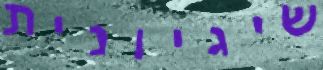
שיגיונית